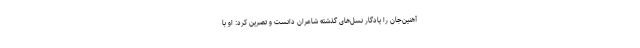
آهنین‌جان را یادگار نسل‌های گذشته شاعران دانست و تصرین کرد: او با